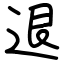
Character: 退